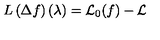
L \left( \Delta f \right) \left( \lambda \right) = { \cal L } _ { 0 } ( f ) - { \cal L }